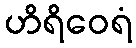
ဟိရိဝေရံ